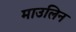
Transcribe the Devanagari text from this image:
माउलिन